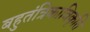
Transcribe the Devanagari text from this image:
बहुतंत्रिकाविकृति